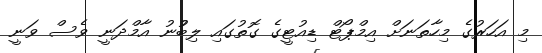
މި އަހަރުގެ މިހާތަނަށް އިމްޕޯޓް ޑިއުޓީގެ ގޮތުގައި ލިބުުނު އާމްދަނީ ވެސް ވަނީ